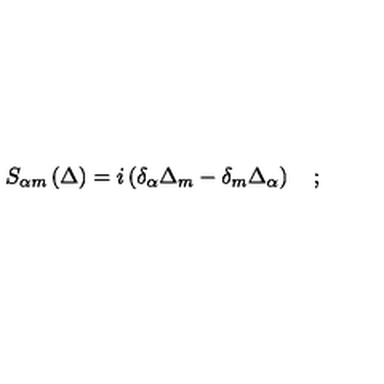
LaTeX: S _ { \alpha m } \left( \Delta \right) = i \left( \delta _ { \alpha } \Delta _ { m } - \delta _ { m } \Delta _ { \alpha } \right) \quad ;